Civil Veterinary Department Bihar & Orissa reports 1911-21 - 1911-1921
Year: 1911
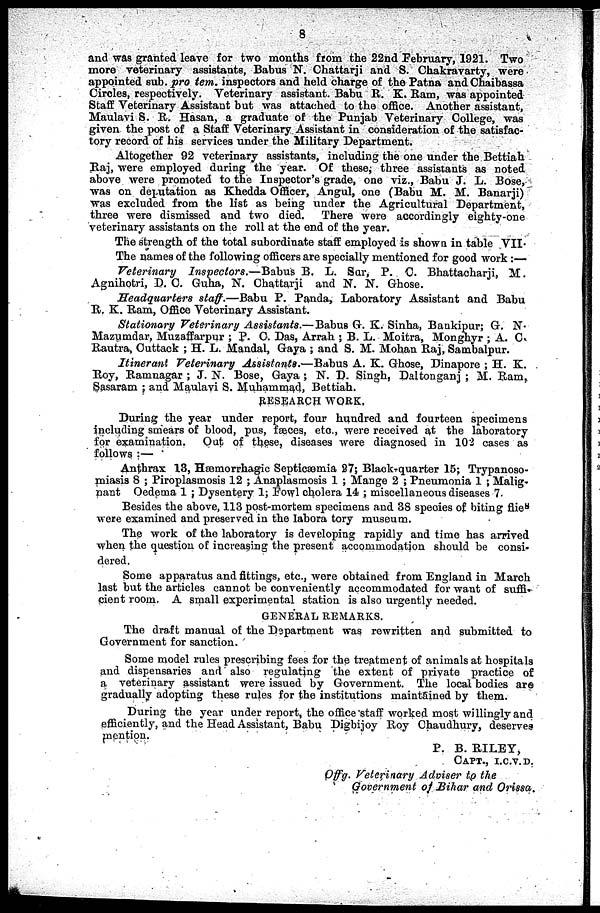
8
and was granted leave for two months from the 22nd February, 1921. Two
more veterinary assistants, Babus N. Chattarji and S. Chakravarty, were
appointed sub. pro tem, inspectors and held charge of the Patna and Chaibassa
Circles, respectively, Veterinary assistant. Babu R. K. Ram, was appointed
Staff Veterinary Assistant but was attached to the office. Another assistant,
Maulavi S. R. Hasan, a graduate of the Punjab Veterinary College, was
given the post of a Staff Veterinary Assistant in consideration of the satisfac-
tory record of his services under the Military Department.
Altogether 92 veterinary assistants, including the one under the Bettiah
Raj, were employed during the year. Of these, three assistants as noted
above were promoted to the Inspector's grade, one viz., Babu J. L. Bose,
was on deputation as Khedda Officer, Angul, one (Babu M. M. Banarji)
was excluded from the list as being under the Agricultural Department,
three were dismissed and two died. There were accordingly eighty-one
veterinary assistants on the roll at the end of the year.
The strength of the total subordinate staff employed is shown in table VII.
The names of the following officers are specially mentioned for good work :—
Veterinary Inspectors,—Babus B, L. Sar, P. C. Bhattacharji, M.
Agnihotri, D. C. Guha, N. Chattarji and N. N. Ghose.
Headquarters staff.—Babu P. Panda, Laboratory Assistant and Babu
R. K. Ram, Office Veterinary Assistant.
Stationary Veterinary Assistants.— Babus G. K. Sinha, Bankipur; G. N.
Mazumdar, Muzaffarpur ; P. C. Das, Arrah ; B. L. Moitra, Monghyr ; A. C.
Rautra, Cuttack ; H. L. Mandal, Gaya ; and S. M. Mohan Raj, Sambalpur.
Itinerant Veterinary Assistants.—Babus A. K. Ghose, Dinapore ; H. K.
Roy, Ramnagar ; J. N. Bose, Gaya ; N. D. Singh, Daltonganj ; M. Ram,
Sasaram ; and Maulavi S. Muhammad, Bettiah.
RESEARCH WORK.
During the year under report, four hundred and fourteen specimens
including smears of blood, pus, fæces, etc., were received at the laboratory
for examination. Out of these, diseases were diagnosed in 102 cases as
follows :—
Anthrax 13, Hæmorrhagic Septicæmia 27; Black-quarter 15; Trypanoso-
miasis 8 ; Piroplasmosis 12 ; Anaplasmosis 1 ; Mange 2 ; Pneumonia 1 ; Malig-
nant Oedema 1 ; Dysentery 1; Fowl cholera 14 ; miscellaneous diseases 7.
Besides the above, 113 post-mortem specimens and 38 species of biting flies
were examined and preserved in the labora tory museum.
The work of the laboratory is developing rapidly and time has arrived
when the question of increasing the present accommodation should be consi-
dered.
Some apparatus and fittings, etc., were obtained from England in March
last but the articles cannot be conveniently accommodated for want of suffi-
cient room. A small experimental station is also urgently needed.
GENERAL REMARKS.
The draft manual of the Department was rewritten and submitted to
Government for sanction.
Some model rules prescribing fees for the treatment of animals at hospitals
and dispensaries and also regulating the extent of private practice of
a veterinary assistant were issued by Government. The local bodies are
gradually adopting these rules for the institutions maintained by them.
During the year under report, the office staff worked most willingly and
efficiently, and the Head Assistant, Babu Digbijoy Roy Chaudhury, deserves
mention.
P. B. RILEY,
CAPT., I.C.V.D.
Offg. Veterinary Adviser to the
Government of Bihar and Orissa.